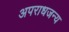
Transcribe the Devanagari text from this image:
अपराधजन्य